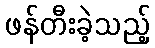
ဖန်တီးခဲ့သည့်